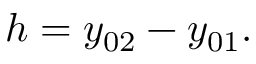
h = y _ { 0 2 } - y _ { 0 1 } .